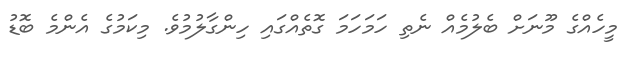
މީހެއްގެ މޫނަށް ބެލުމެއް ނެތި ހަމަހަމަ ގޮތެއްގައި ހިންގާލުމުވެ. މިކަމުގެ އެންމެ ބޮޑު